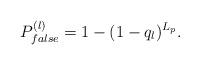
LaTeX: \begin{align*}P_{false}^{(l)} = 1 - (1-q_{l})^{L_{p}}.\end{align*}